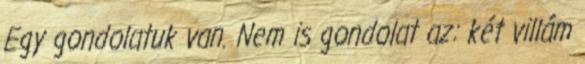
Egy gondolatuk van. Nem is gondolat az: két villám